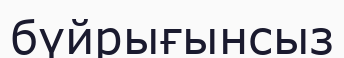
бүйрығынсыз